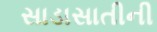
સાડાસાતીની